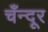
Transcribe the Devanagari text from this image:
चँन्दूर